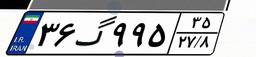
۳۶گ۹۹۵۳۵